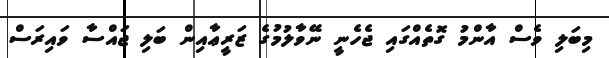
މިބަލި ވެސް އާންމު ގޮތެއްގައި ޖެހެނީ ނޭވާލުމުގެ ޒަރީޢާއިން ބަލި ޖައްސާ ވައިރަސް